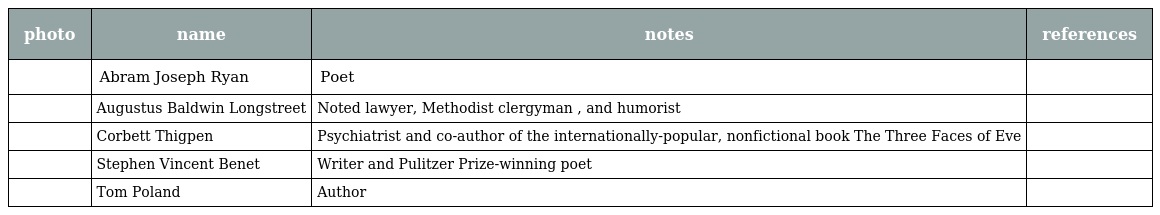
| photo | name | notes | references |
 | --- | --- | --- | --- |
 |  | Abram Joseph Ryan | Poet |  |
 |  | Augustus Baldwin Longstreet | Noted lawyer, Methodist clergyman , and humorist |  |
 |  | Corbett Thigpen | Psychiatrist and co-author of the internationally-popular, nonfictional book The Three Faces of Eve |  |
 |  | Stephen Vincent Benet | Writer and Pulitzer Prize-winning poet |  |
 |  | Tom Poland | Author |  |